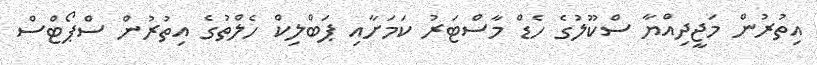
އިތުރުން މަޖީދިއްޔާ ސްކޫލުގެ ހެޑް މާސްޓަރު ކަމަށާއި ޕަބްލިކް ހެލްތުގެ އިތުރުން ސްޕޯޓްސް